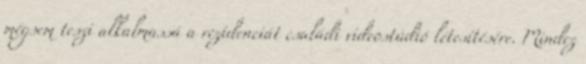
mégsem teszi alkalmassá a rezidenciát családi videostúdió létesítésére. Mindez